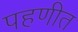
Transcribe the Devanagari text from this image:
पहणीत